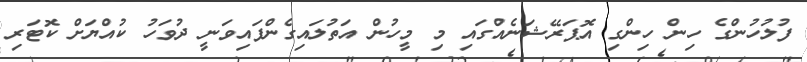
ފުލުހުންގެ ހިން ހިންގި އޮޕަރޭޝަނެއްގައި މި މީހުން އަތުލައިގެންފައިވަނީ ދުވަހު ކުއްޔަށް ކޮޓަރި